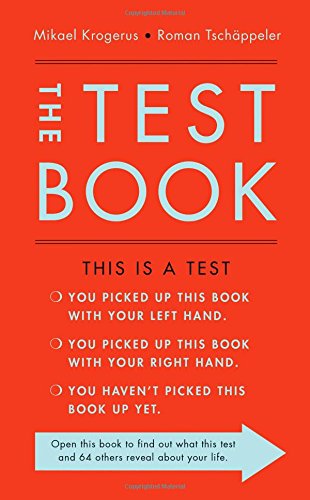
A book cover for The Test Book; Mikael Krogerus; Health, Fitness & Dieting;